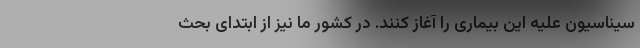
سیناسیون علیه این بیماری را آغاز کنند. در کشور ما نیز از ابتدای بحث